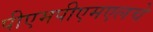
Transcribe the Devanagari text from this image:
पीएमपीएमएलचे